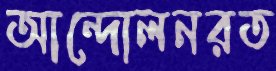
আন্দোলনরত